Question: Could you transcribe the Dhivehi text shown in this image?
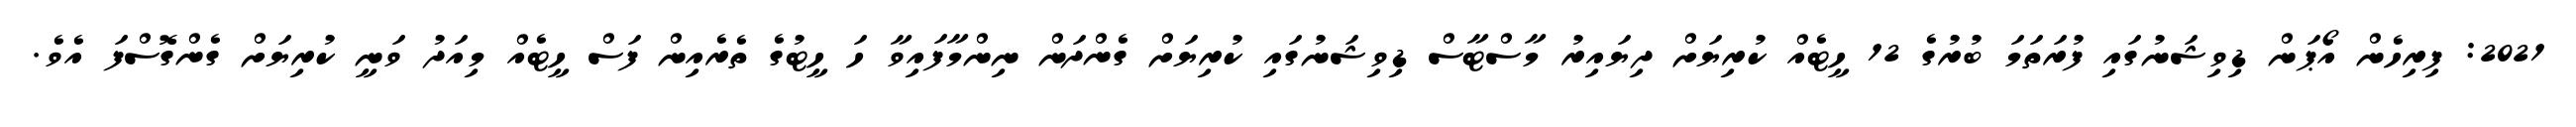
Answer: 2021: ފިރިހެން އޯޕަން ޑިވިޝަނުގައި ފުރަތަމަ ބުރުގެ 12 ހީޓެއް ކުރިޔަށް ދިޔައިރު މާސްޓާސް ޑިވިޝަނުގައި ކުރިޔަށް ގެންދަން ނިންމާފައިވާ ހަ ހީޓުގެ ތެރެއިން ފަސް ހީޓެއް މިއަދު ވަނީ ކުރިޔަށް ގެންގޮސްފަ އެވެ.